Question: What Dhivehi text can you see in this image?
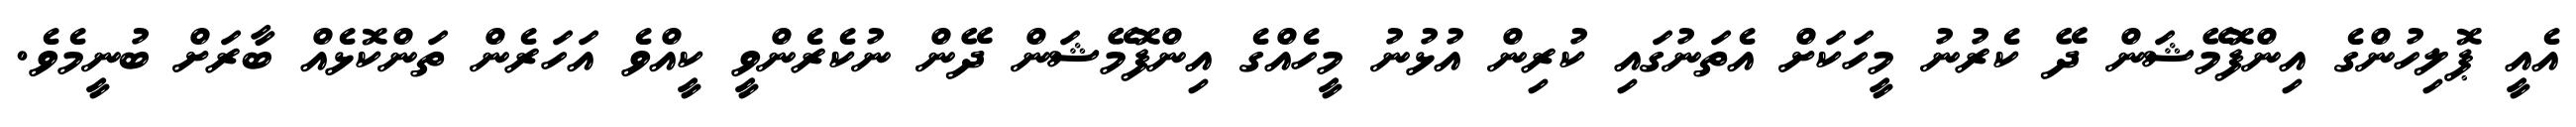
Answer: އެއީ ޕޮލިހުންގެ އިންފޮމޭޝަން ދޭ ކެރުނު މީހަކަށް އެތަނުގައި ކުރިން އުޅުނު މީހެއްގެ އިންފޮމޭޝަން ދޭން ނުކެރެންވީ ކީއްވެ އަހަރެން ތަންކޮޅެއް ބާރަށް ބުނީމެވެ.